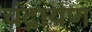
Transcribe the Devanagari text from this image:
चंद्रायण